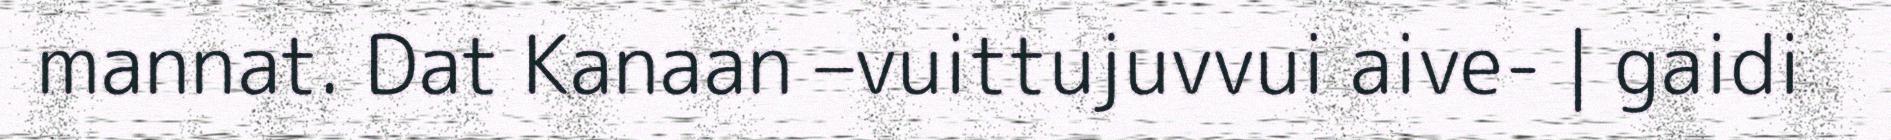
mannat. Dat Kanaan –vuittujuvvui aive- | gaidi